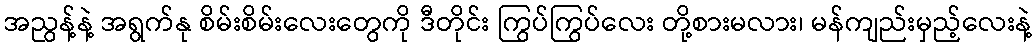
အညွန့်နဲ့ အရွက်နု စိမ်းစိမ်းလေးတွေကို ဒီတိုင်း ကြွပ်ကြွပ်လေး တို့စားမလား၊ မန်ကျည်းမှည့်လေးနဲ့